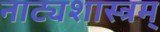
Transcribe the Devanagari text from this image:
नाट्यशास्त्रम्